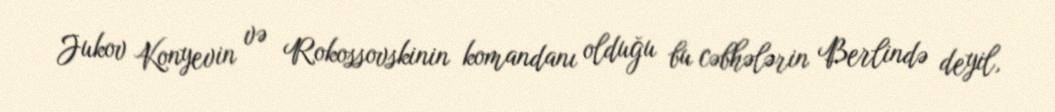
Jukov Konyevin və Rokossovskinin komandanı olduğu bu cəbhələrin Berlində deyil,